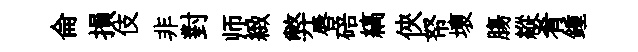
侖損伎非對师緻弊唇碚縞俠帑壞膓縱肴鍾